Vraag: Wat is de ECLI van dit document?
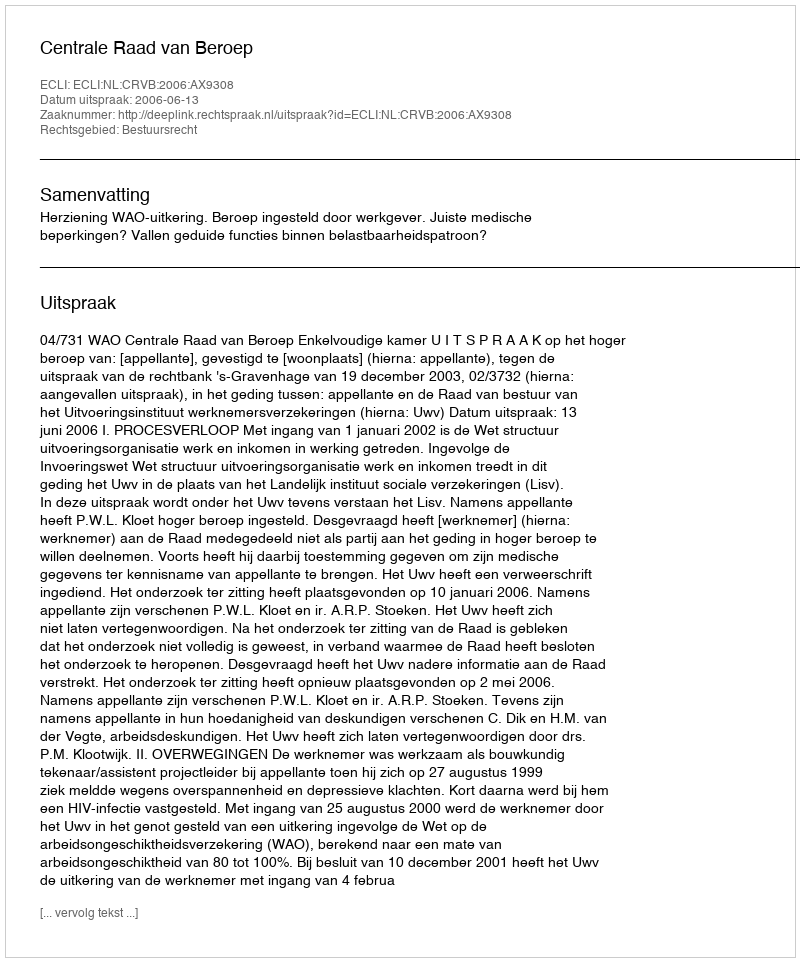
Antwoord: ECLI:NL:CRVB:2006:AX9308